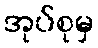
အုပ်စုမှ